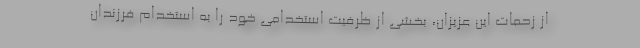
از زحمات این عزیزان، بخشی از ظرفیت استخدامی خود را به استخدام فرزندان